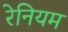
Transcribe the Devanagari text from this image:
रेनियम